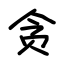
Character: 贪